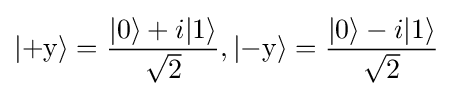
|\mathrm {+y} \rangle ={\frac {|0\rangle +i|1\rangle }{\sqrt {2}}},|\mathrm {-y} \rangle ={\frac {|0\rangle -i|1\rangle }{\sqrt {2}}}